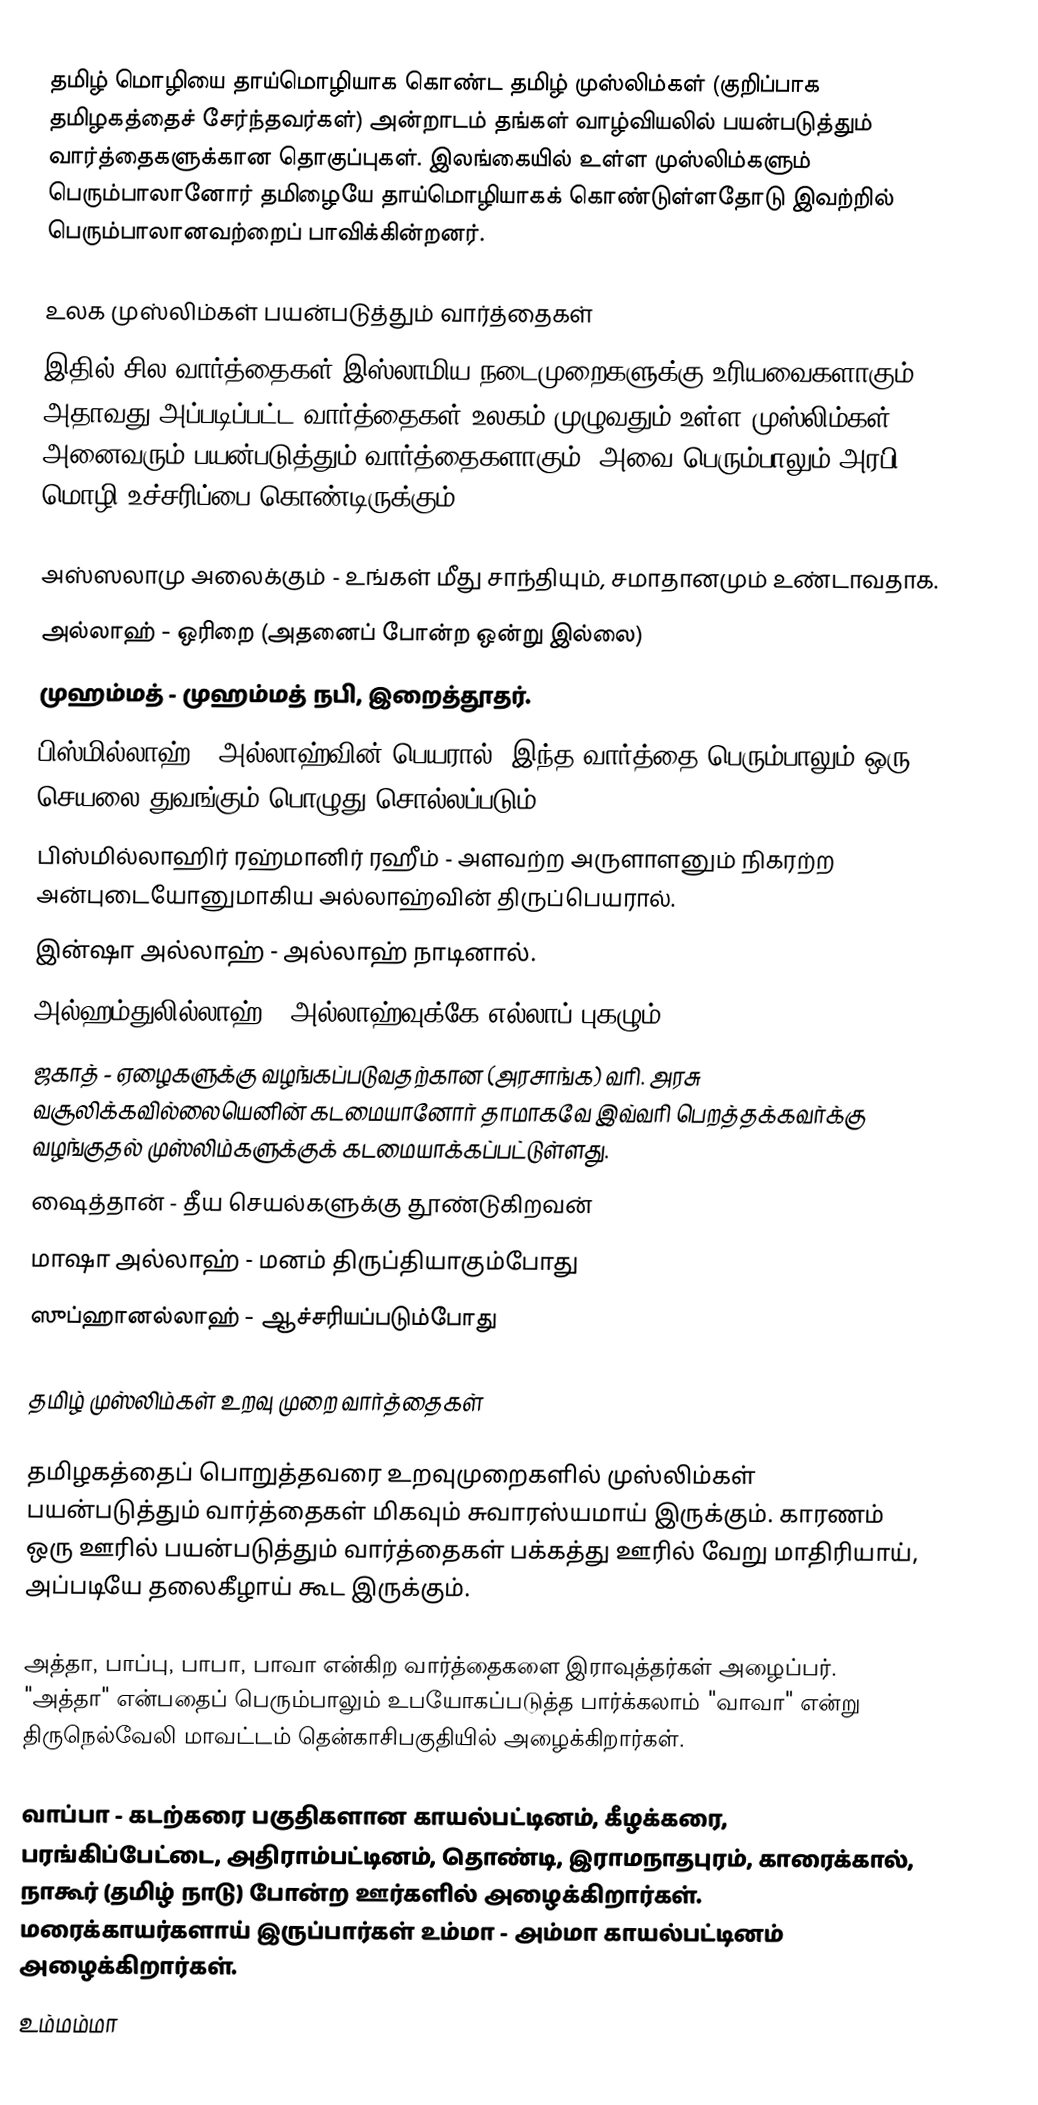
தமிழ் மொழியை தாய்மொழியாக கொண்ட தமிழ் முஸ்லிம்கள் (குறிப்பாக தமிழகத்தைச் சேர்ந்தவர்கள்) அன்றாடம் தங்கள் வாழ்வியலில் பயன்படுத்தும் வார்த்தைகளுக்கான தொகுப்புகள். இலங்கையில் உள்ள முஸ்லிம்களும் பெரும்பாலானோர் தமிழையே தாய்மொழியாகக் கொண்டுள்ளதோடு இவற்றில் பெரும்பாலானவற்றைப் பாவிக்கின்றனர்.

உலக முஸ்லிம்கள் பயன்படுத்தும் வார்த்தைகள்
இதில் சில வார்த்தைகள் இஸ்லாமிய நடைமுறைகளுக்கு உரியவைகளாகும், அதாவது அப்படிப்பட்ட வார்த்தைகள் உலகம் முழுவதும் உள்ள முஸ்லிம்கள் அனைவரும் பயன்படுத்தும் வார்த்தைகளாகும். அவை பெரும்பாலும் அரபி மொழி உச்சரிப்பை கொண்டிருக்கும்.

 அஸ்ஸலாமு அலைக்கும் - உங்கள் மீது சாந்தியும், சமாதானமும் உண்டாவதாக.
 அல்லாஹ் - ஒரிறை (அதனைப் போன்ற ஒன்று இல்லை)
 முஹம்மத் - முஹம்மத் நபி, இறைத்தூதர்.
 பிஸ்மில்லாஹ் - அல்லாஹ்வின் பெயரால். இந்த வார்த்தை பெரும்பாலும் ஒரு செயலை துவங்கும் பொழுது சொல்லப்படும்.
 பிஸ்மில்லாஹிர் ரஹ்மானிர் ரஹீம் - அளவற்ற அருளாளனும் நிகரற்ற அன்புடையோனுமாகிய அல்லாஹ்வின் திருப்பெயரால்.
 இன்ஷா அல்லாஹ் - அல்லாஹ் நாடினால்.
 அல்ஹம்துலில்லாஹ் - அல்லாஹ்வுக்கே எல்லாப் புகழும்.
 ஜகாத் - ஏழைகளுக்கு வழங்கப்படுவதற்கான (அரசாங்க) வரி. அரசு வசூலிக்கவில்லையெனின் கடமையானோர் தாமாகவே இவ்வரி பெறத்தக்கவர்க்கு வழங்குதல் முஸ்லிம்களுக்குக் கடமையாக்கப்பட்டுள்ளது.
 ஷைத்தான் - தீய செயல்களுக்கு தூண்டுகிறவன்
 மாஷா அல்லாஹ் - மனம் திருப்தியாகும்போது
 ஸுப்ஹானல்லாஹ் - ஆச்சரியப்படும்போது

தமிழ் முஸ்லிம்கள் உறவு முறை வார்த்தைகள்

தமிழகத்தைப் பொறுத்தவரை உறவுமுறைகளில் முஸ்லிம்கள் பயன்படுத்தும் வார்த்தைகள் மிகவும் சுவாரஸ்யமாய் இருக்கும். காரணம் ஒரு ஊரில் பயன்படுத்தும் வார்த்தைகள் பக்கத்து ஊரில் வேறு மாதிரியாய், அப்படியே தலைகீழாய் கூட இருக்கும்.

 அத்தா, பாப்பு, பாபா, பாவா என்கிற வார்த்தைகளை இராவுத்தர்கள் அழைப்பர். "அத்தா" என்பதைப் பெரும்பாலும் உபயோகப்படுத்த பார்க்கலாம் "வாவா" என்று திருநெல்வேலி மாவட்டம் தென்காசிபகுதியில் அழைக்கிறார்கள்.

 வாப்பா - கடற்கரை பகுதிகளான காயல்பட்டினம், கீழக்கரை, பரங்கிப்பேட்டை, அதிராம்பட்டினம், தொண்டி, இராமநாதபுரம், காரைக்கால், நாகூர் (தமிழ் நாடு) போன்ற ஊர்களில் அழைக்கிறார்கள். மரைக்காயர்களாய் இருப்பார்கள் உம்மா - அம்மா காயல்பட்டினம் அழைக்கிறார்கள்.
 உம்மம்மா